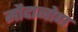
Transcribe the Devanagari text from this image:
मौदानोण